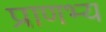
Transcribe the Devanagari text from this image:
प्राणभ्य